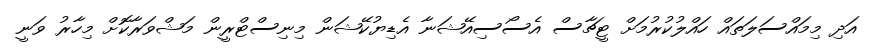
އަދި މިމައްސަލަތައް ހައްލުކުރުމަށް ޓީޗާސް އެސޯސިއޭޝަނާ އެޑިޔުކޭޝަން މިނިސްޓްރީން މަޝްވަރާކޮށް މިހާރު ވަނީ